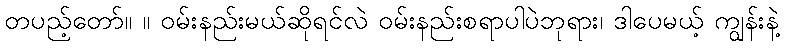
တပည့်တော်။ ။ ဝမ်းနည်းမယ်ဆိုရင်လဲ ဝမ်းနည်းစရာပါပဲဘုရား၊ ဒါပေမယ့် ကျွန်းနဲ့